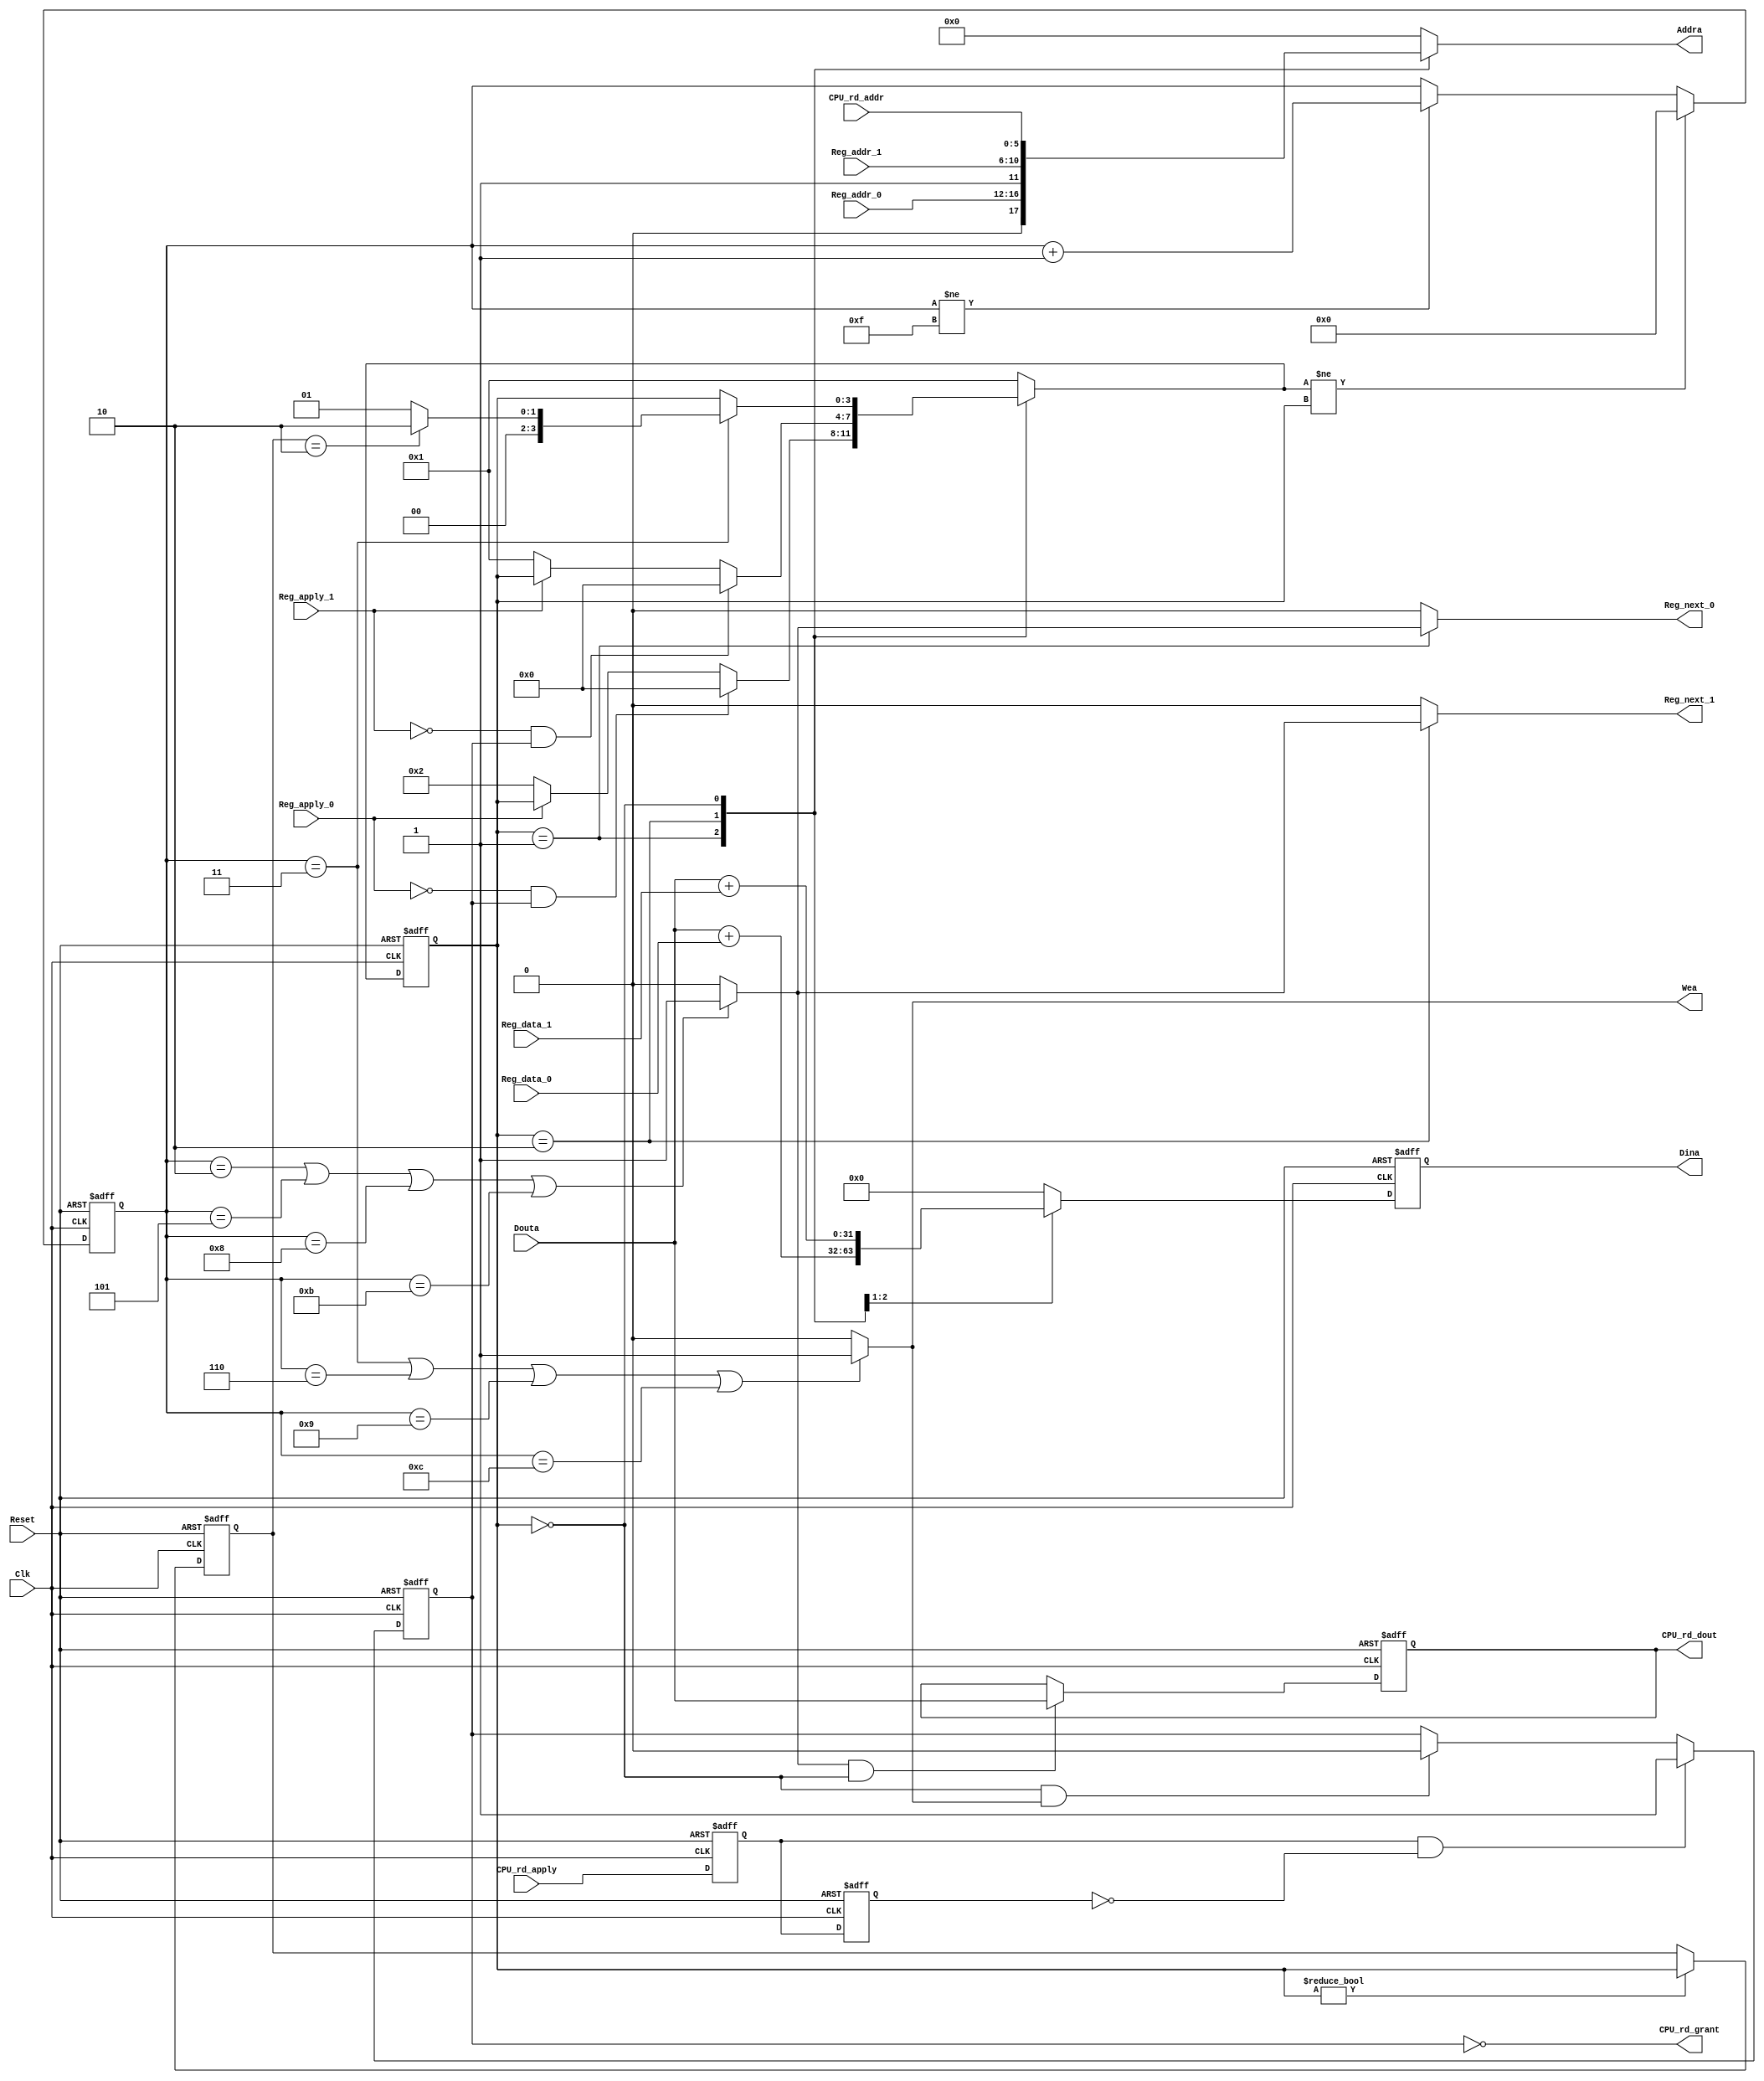
module RMON_CTRL (
Clk             ,      
Reset           ,      
Reg_apply_0     ,      
Reg_addr_0      ,      
Reg_data_0      ,      
Reg_next_0      ,      
Reg_apply_1     ,      
Reg_addr_1      ,      
Reg_data_1      ,      
Reg_next_1      ,      
Addra               ,  
Dina                ,  
Douta               ,  
Wea                 ,  
CPU_rd_addr     ,  
CPU_rd_apply        ,  
CPU_rd_grant        ,
CPU_rd_dout
);
input           Clk             ;
input           Reset           ;
input           Reg_apply_0     ;
input   [4:0]   Reg_addr_0      ;
input   [15:0]  Reg_data_0      ;
output          Reg_next_0      ;
input           Reg_apply_1     ;
input   [4:0]   Reg_addr_1      ;
input   [15:0]  Reg_data_1      ;
output          Reg_next_1      ;
output  [5:0]   Addra               ;
output  [31:0]  Dina                ;
input   [31:0]  Douta               ;
output          Wea                 ;
input   [5:0]   CPU_rd_addr         ;
input           CPU_rd_apply        ;
output          CPU_rd_grant        ;
output  [31:0]  CPU_rd_dout         ;
parameter       StateCPU        =4'd00;
parameter       StateMAC0       =4'd01;
parameter       StateMAC1       =4'd02;
reg [3:0]       CurrentState ;
reg [3:0]       NextState;
reg [3:0]       CurrentState_reg;
reg [4:0]       StepCounter;
reg [31:0]      DoutaReg;
reg [5:0]       Addra               ;
reg [31:0]      Dina;
reg             Reg_next_0      ;
reg             Reg_next_1      ;
reg             Write;
reg             Read;
reg             Pipeline;
reg [31:0]      CPU_rd_dout         ;
reg             CPU_rd_apply_reg    ;
always @(posedge Clk or posedge Reset)
    if (Reset)
        CurrentState    <=StateMAC0;
    else
        CurrentState    <=NextState;
always @(posedge Clk or posedge Reset)
    if (Reset)  
        CurrentState_reg    <=StateMAC0;
    else if(CurrentState!=StateCPU)
        CurrentState_reg    <=CurrentState;
always @(CurrentState or CPU_rd_apply_reg or Reg_apply_0 or CurrentState_reg
                                       or Reg_apply_1   
                                       or StepCounter
                                       )
    case(CurrentState)
        StateMAC0:
            if(!Reg_apply_0&&CPU_rd_apply_reg)
                NextState   =StateCPU;
            else if(!Reg_apply_0)
                NextState   =StateMAC1;
            else
                NextState   =CurrentState;
        StateMAC1:
            if(!Reg_apply_1&&CPU_rd_apply_reg)
                NextState   =StateCPU;
            else if(!Reg_apply_1)
                NextState   =StateMAC0;
            else
                NextState   =CurrentState;
        StateCPU:
            if (StepCounter==3)
                case (CurrentState_reg)
                    StateMAC0   :NextState  =StateMAC0 ;
                    StateMAC1   :NextState  =StateMAC1 ;
                    default     :NextState  =StateMAC0;
                endcase
            else
                NextState   =CurrentState;
        default:
                NextState   =StateMAC0;
    endcase
always @(posedge Clk or posedge Reset)
    if (Reset)
        StepCounter     <=0;
    else if(NextState!=CurrentState)
        StepCounter     <=0;
    else if (StepCounter!=4'hf)
        StepCounter     <=StepCounter + 1;
always @(StepCounter)
    if( StepCounter==1||StepCounter==4||
        StepCounter==7||StepCounter==10)
        Read    =1;
    else
        Read    =0;
always @(StepCounter or CurrentState)
    if( StepCounter==2||StepCounter==5||
        StepCounter==8||StepCounter==11)
        Pipeline    =1;
    else
        Pipeline    =0;
always @(StepCounter or CurrentState)
    if( StepCounter==3||StepCounter==6||
        StepCounter==9||StepCounter==12)
        Write   =1;
    else
        Write   =0;
always @(posedge Clk or posedge Reset)
    if (Reset)
        DoutaReg        <=0;
    else if (Read)
        DoutaReg        <=Douta;
always @(*)
    case(CurrentState)
        StateMAC0 :     Addra={1'd0 ,Reg_addr_0 };
        StateMAC1 :     Addra={1'd1 ,Reg_addr_1 };
        StateCPU:       Addra=CPU_rd_addr;
        default:        Addra=0;
        endcase
always @(posedge Clk or posedge Reset)
    if (Reset)
        Dina    <=0;
    else 
        case(CurrentState)
            StateMAC0 :     Dina<=Douta+Reg_data_0 ;
            StateMAC1 :     Dina<=Douta+Reg_data_1 ;
            StateCPU:       Dina<=0;
            default:        Dina<=0;
        endcase
assign  Wea     =Write;
always @(CurrentState or Pipeline)
    if(CurrentState==StateMAC0)
        Reg_next_0  =Pipeline;
    else
        Reg_next_0  =0;
always @(CurrentState or Pipeline)
    if(CurrentState==StateMAC1)
        Reg_next_1  =Pipeline;
    else
        Reg_next_1  =0;     
reg     CPU_rd_apply_dl1;
reg     CPU_rd_apply_dl2;
always @ (posedge Clk or posedge Reset)
    if (Reset)
        begin
        CPU_rd_apply_dl1        <=0;
        CPU_rd_apply_dl2        <=0;
        end
    else
        begin
        CPU_rd_apply_dl1        <=CPU_rd_apply;
        CPU_rd_apply_dl2        <=CPU_rd_apply_dl1;
        end     
always @ (posedge Clk or posedge Reset)
    if (Reset)
        CPU_rd_apply_reg    <=0;
    else if (CPU_rd_apply_dl1&!CPU_rd_apply_dl2)
        CPU_rd_apply_reg    <=1;
    else if (CurrentState==StateCPU&&Write)
        CPU_rd_apply_reg    <=0;
assign CPU_rd_grant =!CPU_rd_apply_reg;
always @ (posedge Clk or posedge Reset)
    if (Reset)
        CPU_rd_dout     <=0;
    else if (Pipeline&&CurrentState==StateCPU)
        CPU_rd_dout     <=Douta;        
endmodule